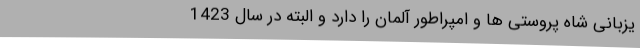
یزبانی شاه پروستی ها و امپراطور آلمان را دارد و البته در سال 1423